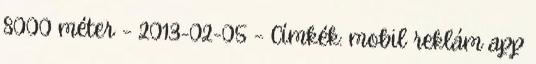
8000 méter – 2013-02-05 – Címkék: mobil reklám app